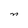
Character: n